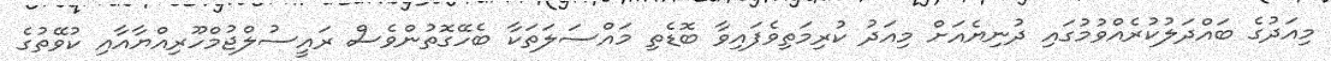
މިއަދުގެ ބައްދަލުކުރެއްވުމުގައި ދުނިޔެއަށް މިއަދު ކުރިމަތިވެފައިވާ ބޮޑެތި މައްސަލަތަކާ ބެހޭގޮތުންވެސް ރައީސުލްޖުމްހޫރިއްޔާއާއި ކުވޭތުގެ